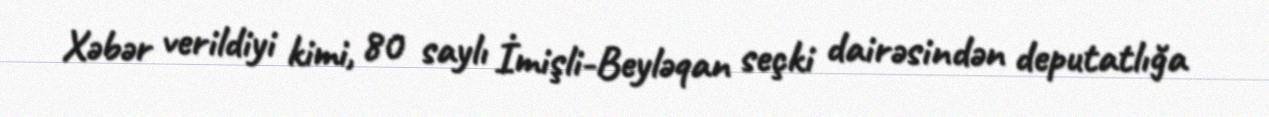
Xəbər verildiyi kimi, 80 saylı İmişli-Beyləqan seçki dairəsindən deputatlığa